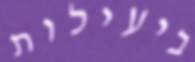
ביעילות